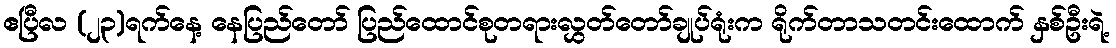
ဧပြီလ (၂၃)ရက်နေ့ နေပြည်တော် ပြည်ထောင်စုတရားလွှတ်တော်ချုပ်ရုံးက ရိုက်တာသတင်းထောက် နှစ်ဦးရဲ့